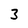
Character: 3